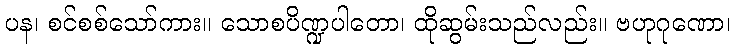
ပန၊ စင်စစ်သော်ကား။ သောစပိဏ္ဍပါတော၊ ထိုဆွမ်းသည်လည်း။ ဗဟုဂုဏော၊